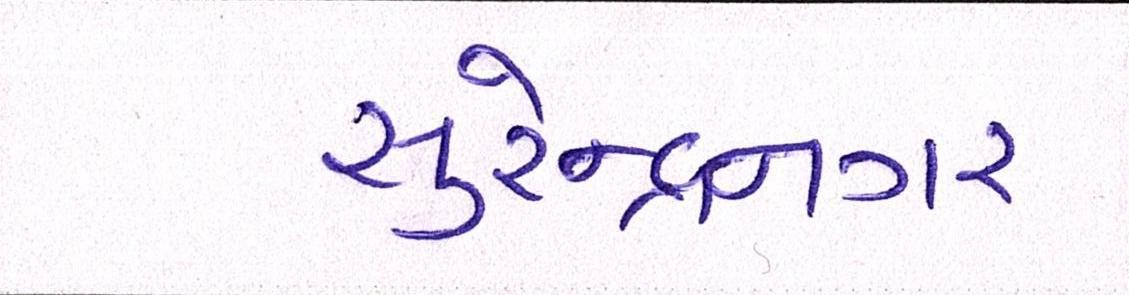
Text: સુરેન્દ્રનગર